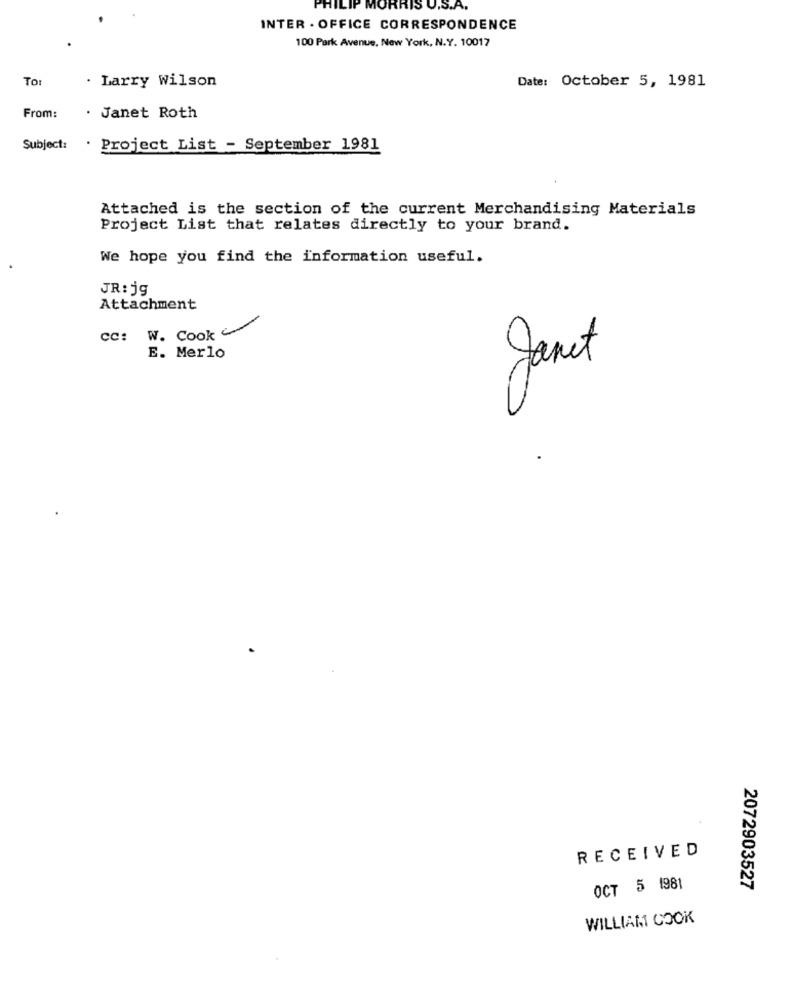
PRRIS U.S.A.
INTER . OFFICE CORRESPONDENCE
100 Park Avenue, New York, N.Y. 10017
TO:
. Larry Wilson
Date: October 5, 1981
From:
. Janet Roth
Subject:
Project List - September 1981
Attached is the section of the current Merchandising Materials
Project List that relates directly to your brand.
We hope you find the information useful.
JR: jg
Attachment
: W. Cook
CC:
E. Merlo
Janet
RECEIVED
OCT 5 1981
2072903527
WILLIAM COOK